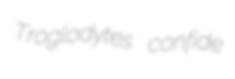
Troglodytes confide